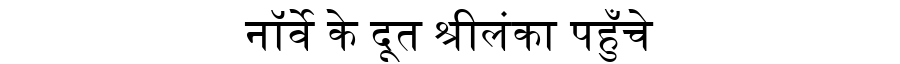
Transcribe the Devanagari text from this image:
नॉर्वे के दूत श्रीलंका पहुँचे